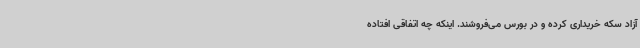
آزاد سکه خریداری کرده و در بورس می‌فروشند. اینکه چه اتفاقی افتاده